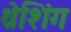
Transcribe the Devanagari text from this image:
थ्रेशिंग